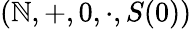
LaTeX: (\mathbb{N},+,0,\cdot,S(0))